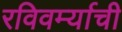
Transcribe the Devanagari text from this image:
रविवर्म्याची